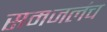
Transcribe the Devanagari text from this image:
समजलंच